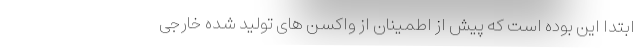
ابتدا این بوده است که پیش از اطمینان از واکسن های تولید شده خارجی